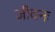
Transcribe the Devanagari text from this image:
जीवनः